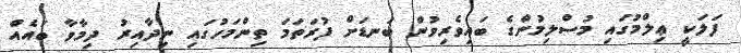
ފަލަކީ ޢިލްމުގައި މުސްލިމުންގެ ބައިވެރިވުން ބަނޑަށް ފުރަތަމަ ތިންމަހުގައި ނިދާއިރު ދިމާވާ ބައެއް